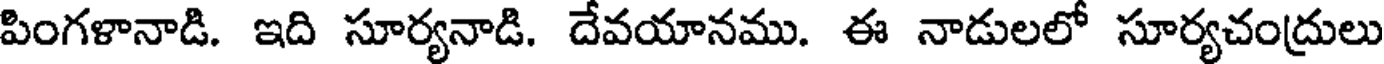
పింగళానాడి. ఇది సూర్యనాడి. దేవయానము. ఈ నాడులలో సూర్యచంద్రులు